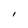
Character: l